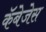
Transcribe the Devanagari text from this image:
कॅबेजेस